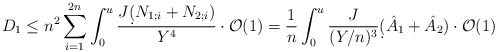
\begin{align*} D_1 \leq n^2 \sum_{i=1}^{2n} \int_0^u \frac{J \d ( N_{1;i} + N_{2;i} )}{Y^4} \cdot \mathcal{O}(1) = \frac{1}{n} \int_0^u \frac{J}{(Y/n)^3} \d (\hat A_1 + \hat A_2) \cdot \mathcal{O}(1) \end{align*}